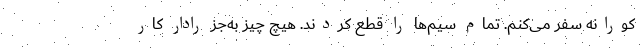
کورانه سفر می‌کنم. تمام سیم‌ها را قطع کردند. هیچ چیز به‌جز رادار کار